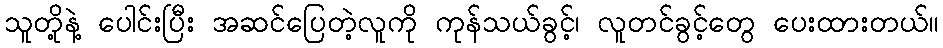
သူတို့နဲ့ ပေါင်းပြီး အဆင်ပြေတဲ့လူကို ကုန်သယ်ခွင့်၊ လူတင်ခွင့်တွေ ပေးထားတယ်။